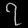
Digit: ၇